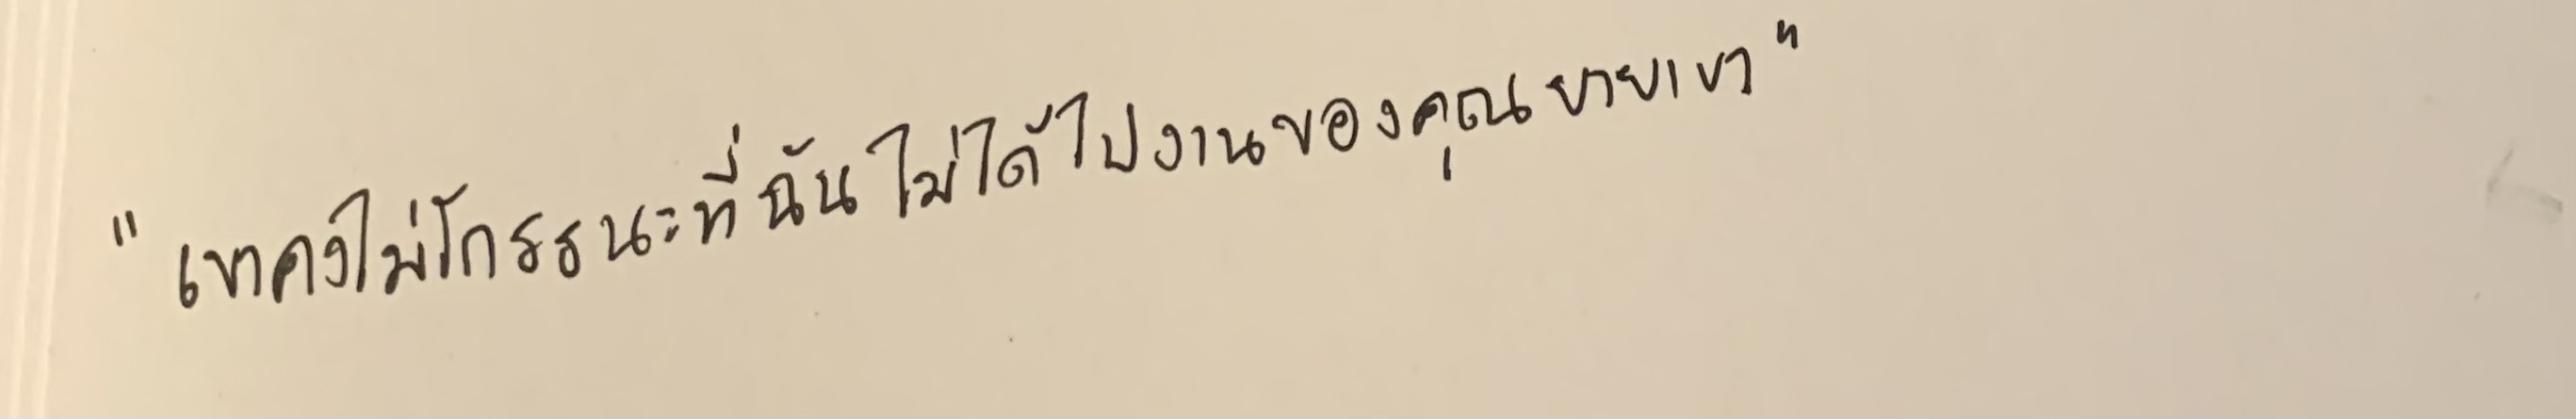
"เขาคงไม่โกรธนะที่ฉันไม่ได้ไปงานของคุณยายเขา"